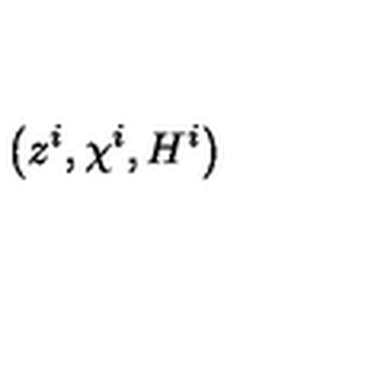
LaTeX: \left( z ^ { i } , \chi ^ { i } , H ^ { i } \right)